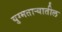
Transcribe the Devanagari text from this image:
युग्मताऱ्यातील